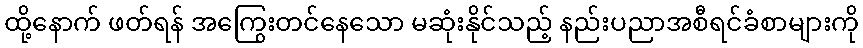
ထို့နောက် ဖတ်ရန် အကြွေးတင်နေသော မဆုံးနိုင်သည့် နည်းပညာအစီရင်ခံစာများကို